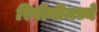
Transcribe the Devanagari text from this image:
रिबीनीमध्ये